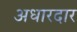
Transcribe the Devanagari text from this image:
अधारदार